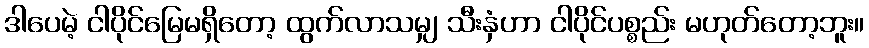
ဒါပေမဲ့ ငါပိုင်မြေမရှိတော့ ထွက်လာသမျှ သီးနှံဟာ ငါပိုင်ပစ္စည်း မဟုတ်တော့ဘူး။